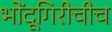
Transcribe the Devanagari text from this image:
भोंदूगिरीचीच